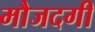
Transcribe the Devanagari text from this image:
मौजदगी